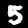
Label: 5